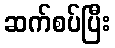
ဆက်စပ်ပြီး